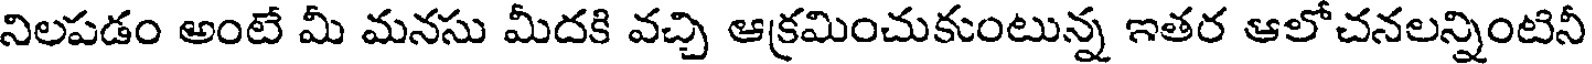
నిలపడం అంటే మీ మనసు మీదకి వచ్చి ఆక్రమించుకుంటున్న ఇతర ఆలోచనలన్నింటినీ